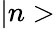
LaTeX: |n>